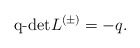
\begin{align*}\hbox{\rm q-det}L^{(\pm)}= -q. \end{align*}